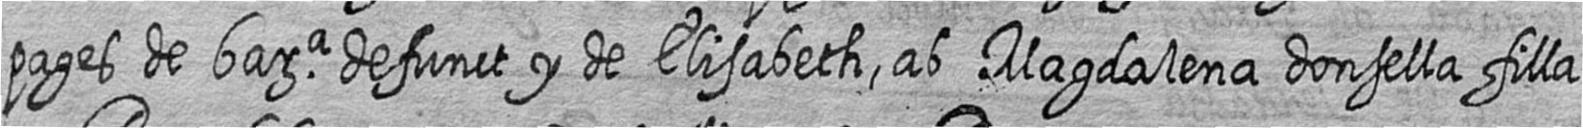
pages de bara defunct y de Elisabeth ab Magdalena donsella filla